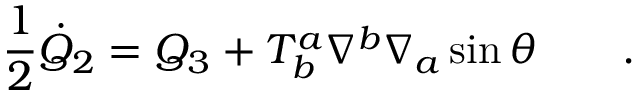
\frac { 1 } { 2 } { \dot { Q } } _ { 2 } = Q _ { 3 } + T _ { b } ^ { a } \nabla ^ { b } \nabla _ { a } \sin \theta \qquad .